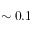
\sim 0 . 1